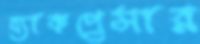
ব্যাকপ্রেসার